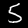
Label: 5